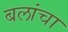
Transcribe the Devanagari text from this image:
बलांचा